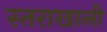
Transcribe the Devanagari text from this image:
स्तराखाली